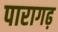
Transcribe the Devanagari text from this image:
पारागढ़